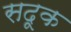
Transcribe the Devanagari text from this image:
सदूक